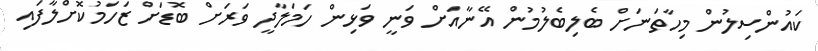
ކައުންސިލުން މިހާތަނަށް ބެލިބެލުމުން އޭނާއަށް ވަނީ ވަޅިން ހަމަލާދީ ވަރަށް ބޮޑަށް ޒަހަމުކޮށްލާފައި